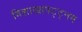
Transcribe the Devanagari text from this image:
विशाखापट्ट्नम